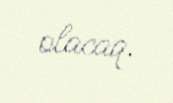
olacaq.